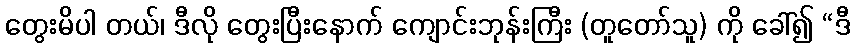
တွေးမိပါ တယ်၊ ဒီလို တွေးပြီးနောက် ကျောင်းဘုန်းကြီး (တူတော်သူ) ကို ခေါ်၍ “ဒီ